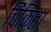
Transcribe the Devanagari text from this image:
चिकिता